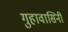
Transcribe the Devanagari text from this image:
गुहावासिनी